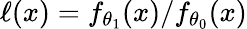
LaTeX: \ell(x)=f_{\theta_{1}}(x)/f_{\theta_{0}}(x)